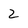
Character: 2